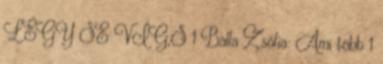
LÉGY SE VÍG,S 1 Balla Zsófia: Ami több 1